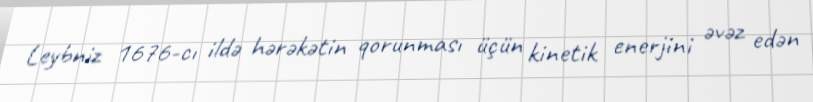
Leybniz 1676-cı ildə hərəkətin qorunması üçün kinetik enerjini əvəz edən